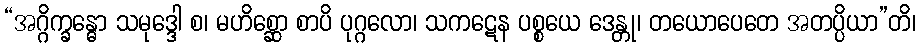
“အဂ္ဂိက္ခန္ဓော သမုဒ္ဒေါ စ၊ မဟိစ္ဆော စာပိ ပုဂ္ဂလော၊ သကဋေန ပစ္စယေ ဒေန္တု၊ တယောပေတေ အတပ္ပိယာ”တိ၊